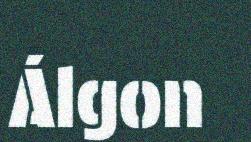
Álgon